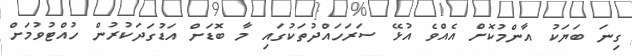
ގިނަ ބަޔަކު އާންމުކޮށް އެއްވެ އުޅޭ ސަރަހައްދުތަކުގައި މާ ބޮޑަށް އަޑުގަދަކުރުން ހުއްޓުވުމަށް